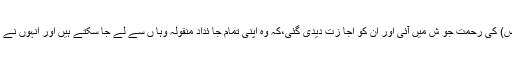
یہا ں بھی ر حمت اللعالمین (ص) کی رحمت جو ش میں آئی اور ان کو اجا زت دیدی گئی،کہ وہ اپنی تمام جا ئدادِ منقولہ وہا ں سے لے جا سکتے ہیں اور انہوں نے اس سے فا ئدہ اٹھا تے ہو ئے۔